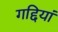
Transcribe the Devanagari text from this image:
गद्दियां